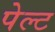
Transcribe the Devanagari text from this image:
पेल्ट